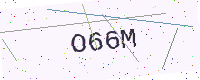
Text: O66M